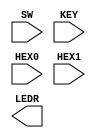
module fourbitcounter(SW,KEY,HEX0,HEX1,LEDR);
   // KEY0 is clk
	//SW1 is Enable(t0)
	//SW0 is rset/clearb
	//Hex to display value of counter
	
	input [9:0]SW;
	input [0:0]KEY;
	input [6:0]HEX0,HEX1;
	output [0:0]LEDR;
	wire w0,w1,w2,w3,w4,w5,w6,w7;
	
	MyTFF t0(
		.clk(KEY[0]),
		.rset(SW[0]),
		.t(SW[1]),
		.q(w0)
	);
	
	MyTFF t1(
		.clk(KEY[0]),
		.rset(SW[0]),
		.t(SW[1] & w0),
		.q(w1)
	);
	
	MyTFF t2(
		.clk(KEY[0]),
		.rset(SW[0]),
		.t(SW[1] & w0 & w1),
		.q(w2)
	);
	
	MyTFF t3(
		.clk(KEY[0]),
		.rset(SW[0]),
		.t(SW[1] & w0 & w1 & w2),
		.q(w3)
	);
	
	MyTFF t4(
		.clk(KEY[0]),
		.rset(SW[0]),
		.t(SW[1] & w0 & w1 & w2 & w3),
		.q(w4)
	);
	
	MyTFF t5(
		.clk(KEY[0]),
		.rset(SW[0]),
		.t(SW[1] & w0 & w1 & w2 & w3 & w4),
		.q(w5)
	);
	
	MyTFF t6(
		.clk(KEY[0]),
		.rset(SW[0]),
		.t(SW[1] & w0 & w1 & w2 & w3 & w4 & w5),
		.q(w6)
	);
	
	MyTFF t7(
		.clk(KEY[0]),
		.rset(SW[0]),
		.t(SW[1] & w0 & w1 & w2 & w3 & w4 & w5 & w6),
		.q(w7)
	);
	
	
   sevesegments se1(
	     .s0(w0),
		  .s1(w1),
		  .s2(w2),
		  .s3(w3),
		  .m(HEX0)		 
	);
	
	sevesegments se2(
	     .s0(w4),
		  .s1(w5),
		  .s2(w6),
		  .s3(w7),
		  .m(HEX1)		 
	);

endmodule
	
module MyTFF(t,clk,rset,q);
	input t,clk,rset;
	reg q0;
	output q;
	always @(posedge clk, negedge rset)
		begin
			if(rset == 1'b0)
				q0 <= 1'b0;
			else if (t == 1'b1)
				q0 <= ~q0;
		end
	 assign q = q0;			
endmodule

module sevesegments(s0, s1, s2, s3, m);
    input s0, s1, s2, s3;
    output [6:0] m;
	 
    assign m[0] = ~s3 &  ~s2 &  ~s1 & s0
							| ~s3 & s2 & ~s1 & ~s0
							| s3 & s2 & ~s1 & s0 
							| s3 & ~s2 & s1 & s0;
					
	 assign m[1] = ~s3 &  s2 &  ~s1 & s0
							| s2 & s1 & ~s0
							|  s3 & s2 & ~s0
							|  s3 & s1 & s0;
    
	 assign m[2] = ~s3 & ~s2&  s1 & ~s0
							| s3 & s2 & s1 
							| s3 & s2 & ~s0; 
 
    assign m[3] = ~s3 &  s2 &  ~s1 & ~s0 
							| s3 & ~s2 & s1 & ~s0 
							| ~s2 & ~s1 & s0
							| s2 & s1 & s0;
 
    assign m[4] = ~s3 & s0 
							| ~s3 & s2 & ~s1
							| ~s2 & ~s1 & s0;
 
    assign m[5] = ~s3 &  ~s2 & s0
							| ~ s3 & ~s2 & s1
							|~ s3 & s1 & s0
							| s3 & s2 & ~s1 & s0;
					
	 assign m[6] = ~s3 &  ~s2 &  ~s1
							| ~s3 & s2 & s1 & s0
							| s3 & s2 & ~s1 & ~s0;

endmodule